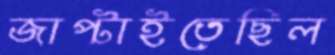
জাপ্‌টাইতেছিল